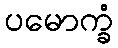
ပမောက္ခံ